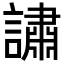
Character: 𬣉